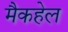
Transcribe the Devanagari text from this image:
मैकहेल